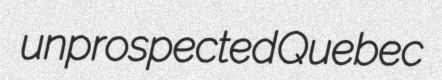
unprospected Quebec